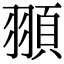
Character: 頨